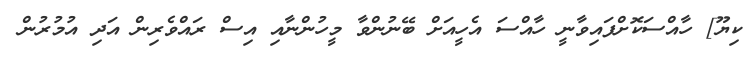
ކިޔޫ] ހާއްސަކޮށްފައިވާނީ ހާއްސަ އެހީއަށް ބޭނުންވާ މީހުންނާއި އިސް ރައްވެރިން އަދި އުމުރުން